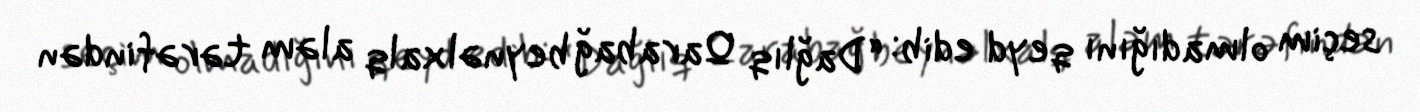
seçim olmadığını qeyd edib: “Dağlıq Qarabağ beynəlxalq aləm tərəfindən